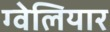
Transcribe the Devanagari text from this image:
ग्वेलियार